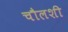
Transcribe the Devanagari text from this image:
चौलशी